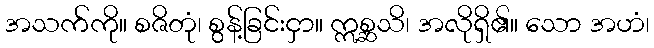
အသက်ကို။ စဇိတုံ၊ စွန့်ခြင်းငှာ။ ဣစ္ဆသိ၊ အလိုရှိ၏။ သော အဟံ၊